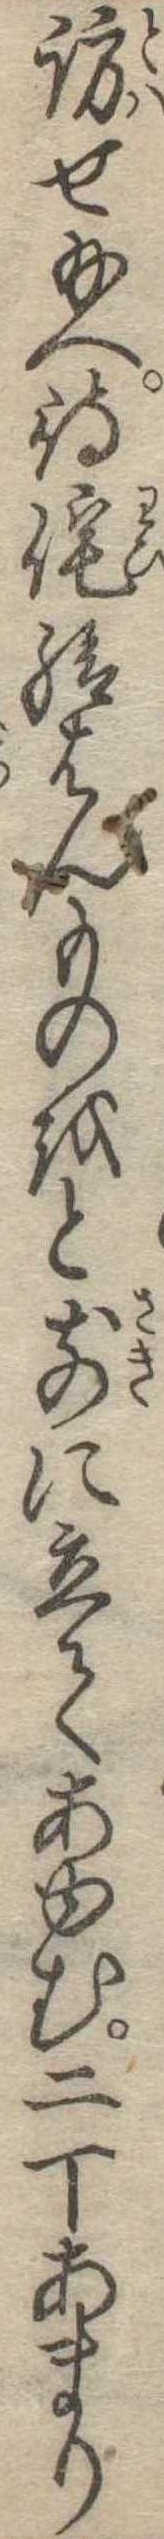
訪せ給へ待侘給はんものをと前に立てあゆむ二丁あまり